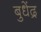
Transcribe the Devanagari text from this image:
बुधेंद्र